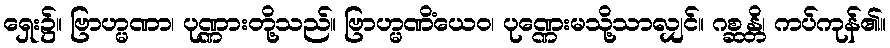
ရှေး၌။ ဗြာဟ္မဏာ၊ ပုဏ္ဏားတို့သည်။ ဗြာဟ္မဏိံယေဝ၊ ပုဏ္ဏေးမသို့သာလျှင်။ ဂစ္ဆန္တိ၊ ကပ်ကုန်၏။